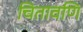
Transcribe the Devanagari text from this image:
चितावणि